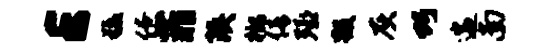
E猛僚菲陕榔倩殛毁灰巧遄南